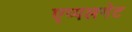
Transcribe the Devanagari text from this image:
एप्पलगेट